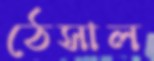
ঠেসাল